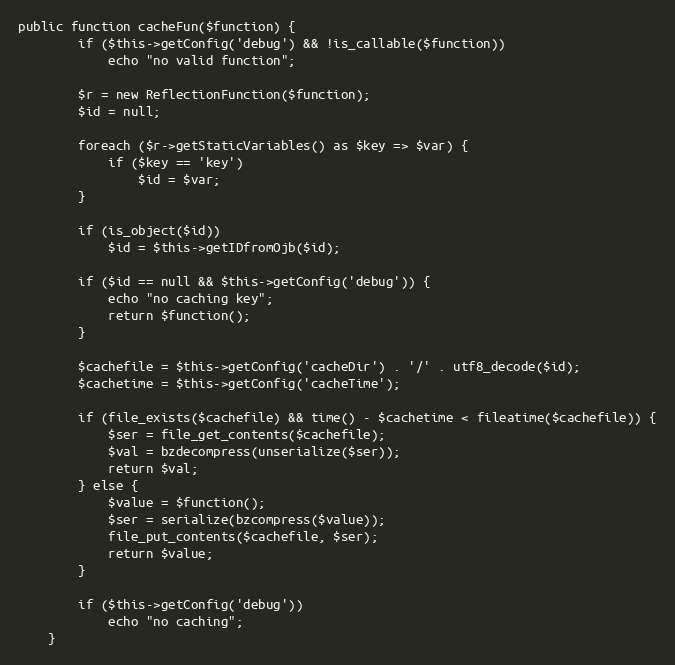
Language: PHP
public function cacheFun($function) {
        if ($this->getConfig('debug') && !is_callable($function))
            echo "no valid function";

        $r = new ReflectionFunction($function);
        $id = null;

        foreach ($r->getStaticVariables() as $key => $var) {
            if ($key == 'key')
                $id = $var;
        }

        if (is_object($id))
            $id = $this->getIDfromOjb($id);

        if ($id == null && $this->getConfig('debug')) {
            echo "no caching key";
            return $function();
        }

        $cachefile = $this->getConfig('cacheDir') . '/' . utf8_decode($id);
        $cachetime = $this->getConfig('cacheTime');

        if (file_exists($cachefile) && time() - $cachetime < fileatime($cachefile)) {
            $ser = file_get_contents($cachefile);
            $val = bzdecompress(unserialize($ser));
            return $val;
        } else {
            $value = $function();
            $ser = serialize(bzcompress($value));
            file_put_contents($cachefile, $ser);
            return $value;
        }

        if ($this->getConfig('debug'))
            echo "no caching";
    }